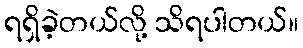
ရရှိခဲ့တယ်လို့ သိရပါတယ်။